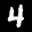
Label: 4